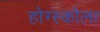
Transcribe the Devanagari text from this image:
होग्स्कोला